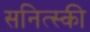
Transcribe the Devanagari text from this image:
सनित्स्की